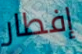
إفطار